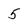
Character: 5